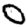
Digit: 0